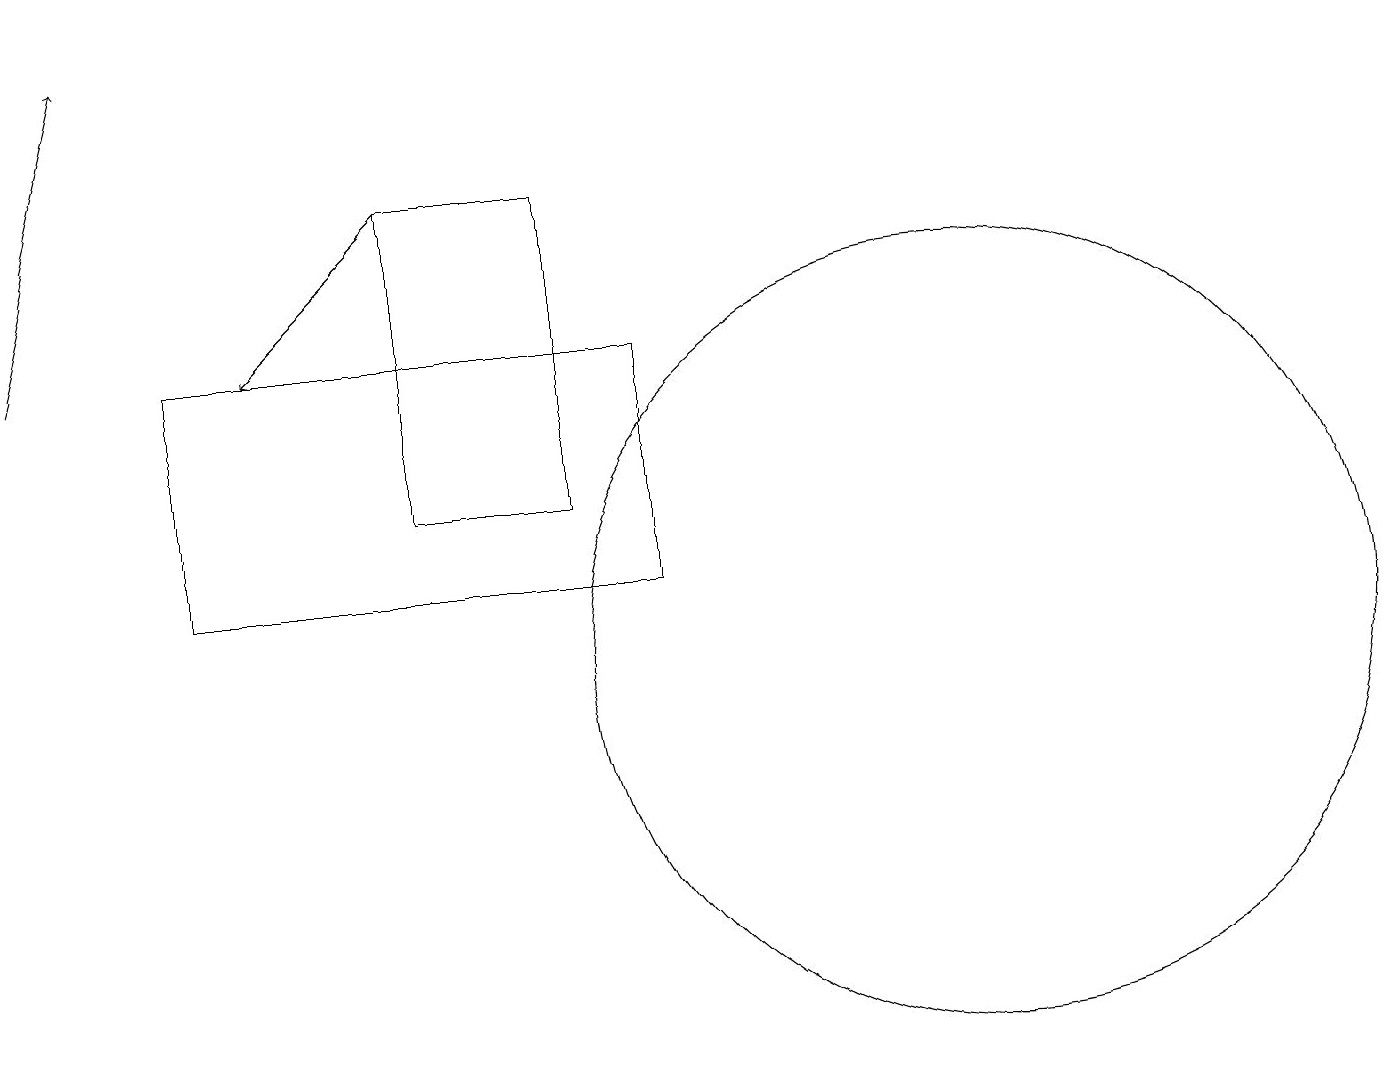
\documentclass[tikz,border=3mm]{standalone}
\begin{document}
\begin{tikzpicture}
\draw[->] (5,17) -- (3,15);
\draw (6,15) rectangle (5,15);
\draw[->] (0,15) -- (1,19);
\draw (5,13) rectangle (7,17);
\draw (12,11) circle (5);
\draw (2,15) rectangle (8,12);
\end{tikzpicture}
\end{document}